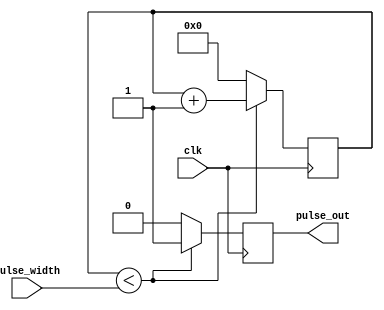
module duty_cycle_pulse_generator (
  input wire clk,                 // Clock input for synchronization
  input wire [7:0] pulse_width,   // Pulse width control input for duty cycle
  output reg pulse_out            // Output signal for generated pulses
);

reg [7:0] counter;

always @(posedge clk) begin
  if (counter < pulse_width) begin
    pulse_out <= 1;
    counter <= counter + 1;
  end else begin
    pulse_out <= 0;
    counter <= 0;
  end
end

endmodule